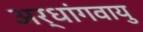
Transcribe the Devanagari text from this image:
अर्धांगवायु